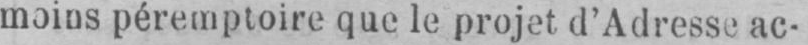
moins péremptoire que le projet d’Adresse ac-